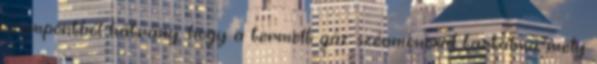
szempontból hátrány, hogy a termelt gáz szénmonoxid tartalmú, mely